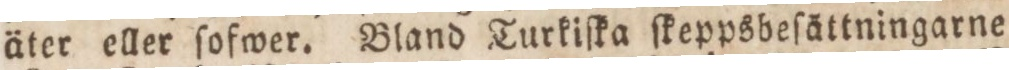
äter eller ſofwer. Bland Turkiſka ſkeppsbeſättningarne